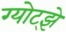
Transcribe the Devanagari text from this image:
ग्योट्झे